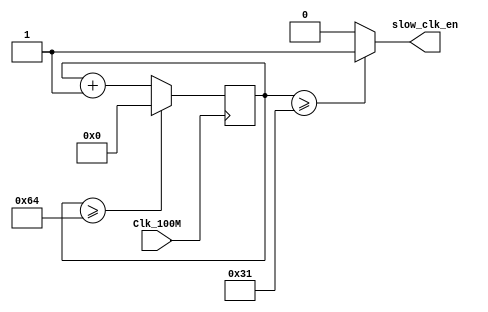
module clock_div2(input Clk_100M, output slow_clk_en

    );
    reg [8:0]counter=0;
    always @(posedge Clk_100M)
    begin
       counter <= (counter>=100)?0:counter+1;
    end
    assign slow_clk_en = (counter >= 49)?1'b1:1'b0;
endmodule